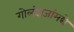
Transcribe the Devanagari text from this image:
गोलंदाजांमद्ये